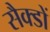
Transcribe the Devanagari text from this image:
सैक्डों